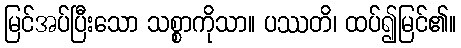
မြင်အပ်ပြီးသော သစ္စာကိုသာ။ ပဿတိ၊ ထပ်၍မြင်၏။